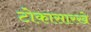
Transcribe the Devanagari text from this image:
टोकासारखे